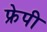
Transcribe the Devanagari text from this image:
फ्रेपी